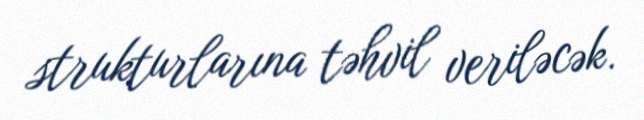
strukturlarına təhvil veriləcək.